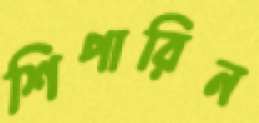
শিপারিন